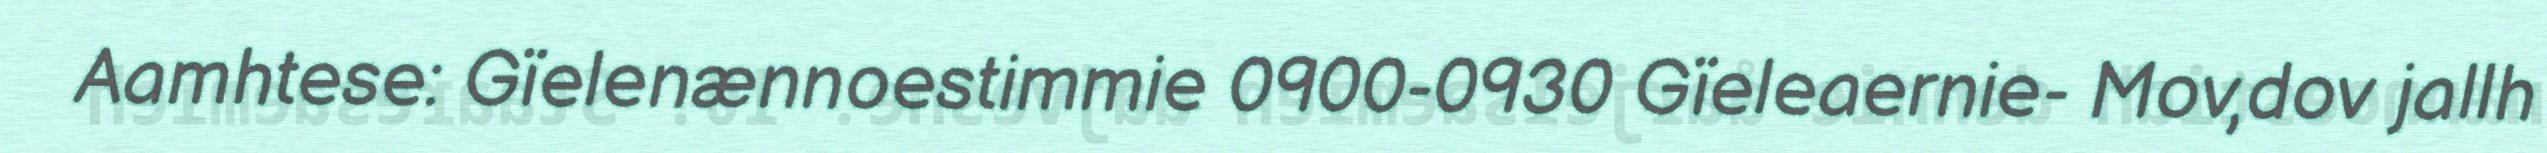
Aamhtese: Gïelenænnoestimmie 0900-0930 Gïeleaernie- Mov,dov jallh